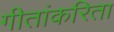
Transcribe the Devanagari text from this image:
गीतांकरिता